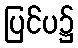
ပြင်ပ၌